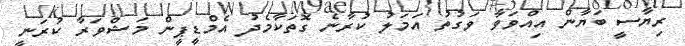
ރިޔާސީ ބަޔާން އިއްވަވާ ވަގުތު އަމަލު ކުރާނެ ގޮތަކާމެދު އެމްޑީޕީން މަޝްވަރާ ކުރަނީ